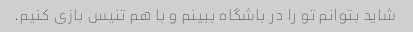
شاید بتوانم تو را در باشگاه ببینم و با هم تنیس بازی کنیم.